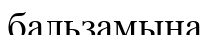
бальзамына